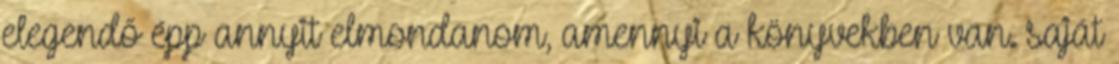
elegendő épp annyit elmondanom, amennyi a könyvekben van. saját